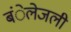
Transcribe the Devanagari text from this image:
बंेलेजली